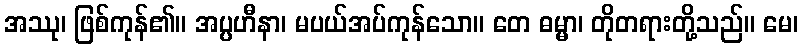
အဿု၊ ဖြစ်ကုန်၏။ အပ္ပဟီနာ၊ မပယ်အပ်ကုန်သော။ တေ ဓမ္မာ၊ တိုတရားတို့သည်။ မေ၊